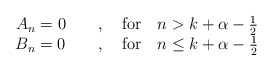
\begin{align*}\begin{array}{c} A_n = 0 \qquad,\quad{\rm for}\quad n> k+\alpha-\frac{1}{2} \\ B_n = 0 \qquad,\quad{\rm for}\quad n\leq k+\alpha-\frac{1}{2}\end{array}\end{align*}